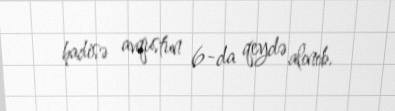
hadisə avqustun 6-da qeydə alınıb.